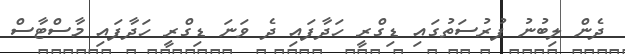
ދެން ލިބުނު ފުރުސަތުގައި ޑިގްރީ ހަދާފައި ދެ ވަނަ ޑިގްރީ ހަދާފައި މާސްޓާސް